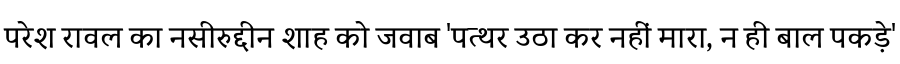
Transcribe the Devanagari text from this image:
परेश रावल का नसीरुद्दीन शाह को जवाब 'पत्थर उठा कर नहीं मारा, न ही बाल पकड़े'